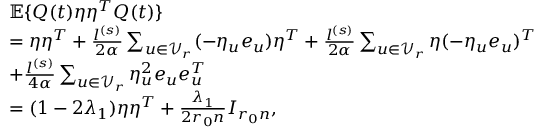
\begin{array} { r l } & { \mathbb { E } \{ Q ( t ) \eta \eta ^ { T } Q ( t ) \} } \\ & { = \eta \eta ^ { T } + \frac { l ^ { ( s ) } } { 2 \alpha } \sum _ { u \in \mathcal { V } _ { r } } ( - \eta _ { u } e _ { u } ) \eta ^ { T } + \frac { l ^ { ( s ) } } { 2 \alpha } \sum _ { u \in \mathcal { V } _ { r } } \eta ( - \eta _ { u } e _ { u } ) ^ { T } } \\ & { + \frac { l ^ { ( s ) } } { 4 \alpha } \sum _ { u \in \mathcal { V } _ { r } } \eta _ { u } ^ { 2 } e _ { u } e _ { u } ^ { T } } \\ & { = ( 1 - 2 \lambda _ { 1 } ) \eta \eta ^ { T } + \frac { \lambda _ { 1 } } { 2 r _ { 0 } n } I _ { r _ { 0 } n } , } \end{array}